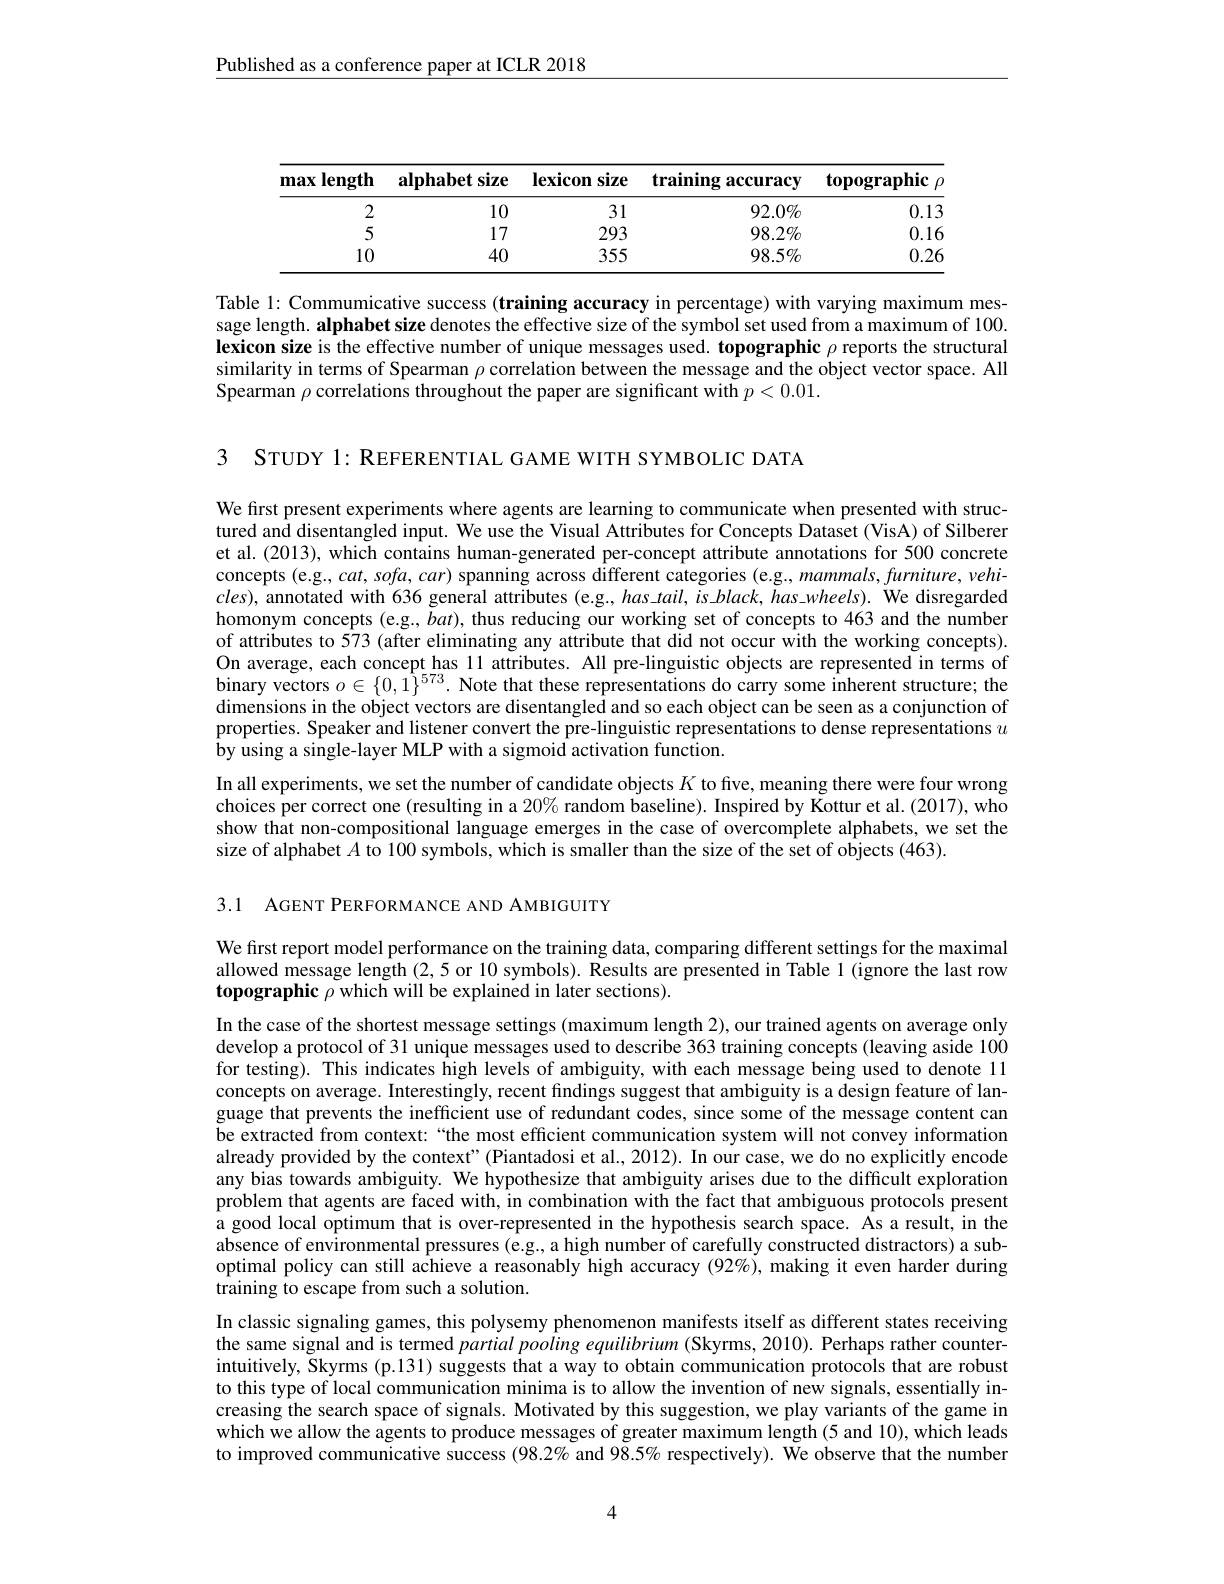
Published as a conference paper at ICLR 2018

<table>
	<tbody>
		<tr>
			<td>2</td>
			<td>10</td>
			<td>31</td>
			<td>$92.0\%$</td>
			<td>0.13</td>
		</tr>
		<tr>
			<td>5</td>
			<td>17</td>
			<td>293</td>
			<td>$98.2\%$</td>
			<td>0.16</td>
		</tr>
		<tr>
			<td>10</td>
			<td>40</td>
			<td>355</td>
			<td>$98.5\%$</td>
			<td>0.26</td>
		</tr>
	</tbody>
</table>

Table 1: Commumicative success (training accuracy in percentage) with varying maximum message length. alphabet size denotes the effective size of the symbol set used from a maximum of 100. lexicon size is the effective number of unique messages used. topographic $\rho$ reports the structural similarity in terms of Spearman $\rho$ correlation between the message and the object vector space. All Spearman $\rho$ correlations throughout the paper are significant with $p<0.01.$

3 STUDY 1: REFERENTIAL GAME WITH SYMBOLIC DATA

We first present experiments where agents are learning to communicate when presented with structured and disentangled input. We use the Visual Attributes for Concepts Dataset (VisA) of Silberer et al. (2013), which contains human-generated per-concept attribute annotations for 500 concrete concepts (e.g., cat, sofa, car) spanning across different categories (e.g, mammals, furniture, vehi- $cles)$, annotated with 636 general attributes (e.g., has tail, is black, has wheels). We disregarded homonym concepts (e.g., $bat)$, thus reducing our working set of concepts to 463 and the number of attributes to 573 (after eliminating any attribute that did not occur with the working concepts). On average, each concept has 11 attributes. All pre-linguistic objects are represented in terms of binary vectors $o\in\{0,1\}^573.$ Note that these representations do carry some inherent structure; the dimensions in the object vectors are disentangled and so each object can be seen as a conjunction of properties. Speaker and listener convert the pre-linguistic representations to dense representations $u$ by using a single-layer MLP with a sigmoid activation function.

In all experiments, we set the number of candidate objects $K$ to five, meaning there were four wrong choices per correct one (resulting in a $20\%$ random baseline). Inspired by Kottur et al. (2017), who show that non-compositional language emerges in the case of overcomplete alphabets, we set the size of alphabet $A$ to 100 symbols, which is smaller than the size of the set of objects (463).

3.1 AGENT PERFORMANCE AND AMBIGUITY

We first report model performance on the training data, comparing different settings for the maximal allowed message length (2,5 or 10 symbols). Results are presented in Table 1 (ignore the last row topographic $\rho$ which will be explained in later sections).

In the case of the shortest message settings (maximum length 2), our trained agents on average only develop a protocol of 31 unique messages used to describe 363 training concepts (leaving aside 100 for testing). This indicates high levels of ambiguity, with each message being used to denote 11 concepts on average. Interestingly, recent findings suggest that ambiguity is a design feature of language that prevents the inefficient use of redundant codes, since some of the message content can be extracted from context:“the most efficient communication system will not convey information already provided by the context"(Piantadosi et al., 2012). In our case, we do no explicitly encode any bias towards ambiguity. We hypothesize that ambiguity arises due to the difficult exploration problem that agents are faced with, in combination with the fact that ambiguous protocols present a good local optimum that is over-represented in the hypothesis search space. As a result, in the absence of environmental pressures (e.g., a high number of carefully constructed distractors) a suboptimal policy can still achieve a reasonably high accuracy (92%), making it even harder during $\dot{\text{training to escape from such a solution.}}$
In classic signaling games, this polysemy phenomenon manifests itself as different states receiving the same signal and is termed partial pooling equilibrium (Skyrms, 2010). Perhaps rather counter-

intuitively, Skyrms (p.131) suggests that a way to obtain communication protocols that are robust to this type of local communication minima is to allow the invention of new signals, essentially increasing the search space of signals. Motivated by this suggestion, we play variants of the game in which we allow the agents to produce messages of greater maximum length (5 and 10), which leads to improved communicative success (98.2% and 98.5% respectively). We observe that the number

4